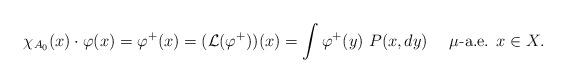
LaTeX: \begin{align*} \chi_{A_0}(x) \cdot \varphi(x) = \varphi^+ (x) = ({\mathcal L} ( \varphi^+)) (x) = \int \varphi^+(y) \ P(x, dy) \ \ \ \ \mu\mbox{-a.e. } x \in X.\end{align*}